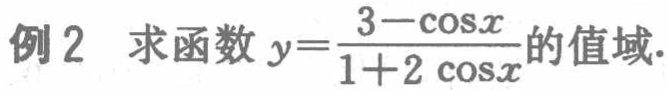
例2 求函数\(y = \frac{3 - \cos x}{1 + 2\cos x}\)的值域.